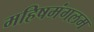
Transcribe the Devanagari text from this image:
महिषमंगलम